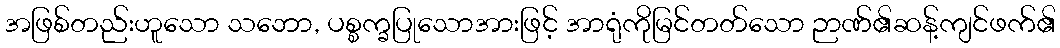
အဖြစ်တည်းဟူသော သဘော, ပစ္စက္ခပြုသောအားဖြင့် အာရုံကိုမြင်တတ်သော ဉာဏ်၏ဆန့်ကျင်ဖက်၏